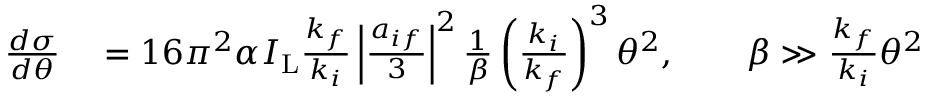
\begin{array} { r l } { \frac { d \sigma } { d \theta } } & { { } = 1 6 \pi ^ { 2 } \alpha I _ { \mathrm { L } } \frac { k _ { f } } { k _ { i } } \left\vert \frac { a _ { i f } } { 3 } \right\vert ^ { 2 } \frac { 1 } { \beta } \left( \frac { k _ { i } } { k _ { f } } \right) ^ { 3 } \theta ^ { 2 } , \qquad \beta \gg \frac { k _ { f } } { k _ { i } } \theta ^ { 2 } } \end{array}